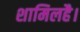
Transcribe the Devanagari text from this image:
शामिलहै।